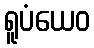
ရူပံယေဝ